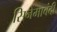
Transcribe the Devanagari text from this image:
सिनेमाबंदी